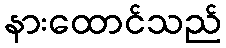
နားထောင်သည်